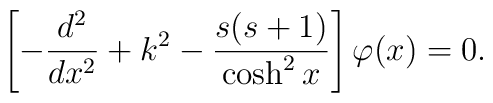
\left[-\frac{d^2}{dx^2}+k^2-\frac{s(s+1)}{\cosh^2 x}\right]\varphi(x)=0.